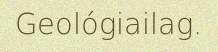
Geológiailag.